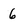
Character: 6